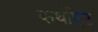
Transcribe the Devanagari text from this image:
कर्थीएट